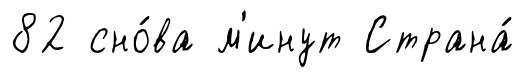
82 сно́ва м'инут Страна́